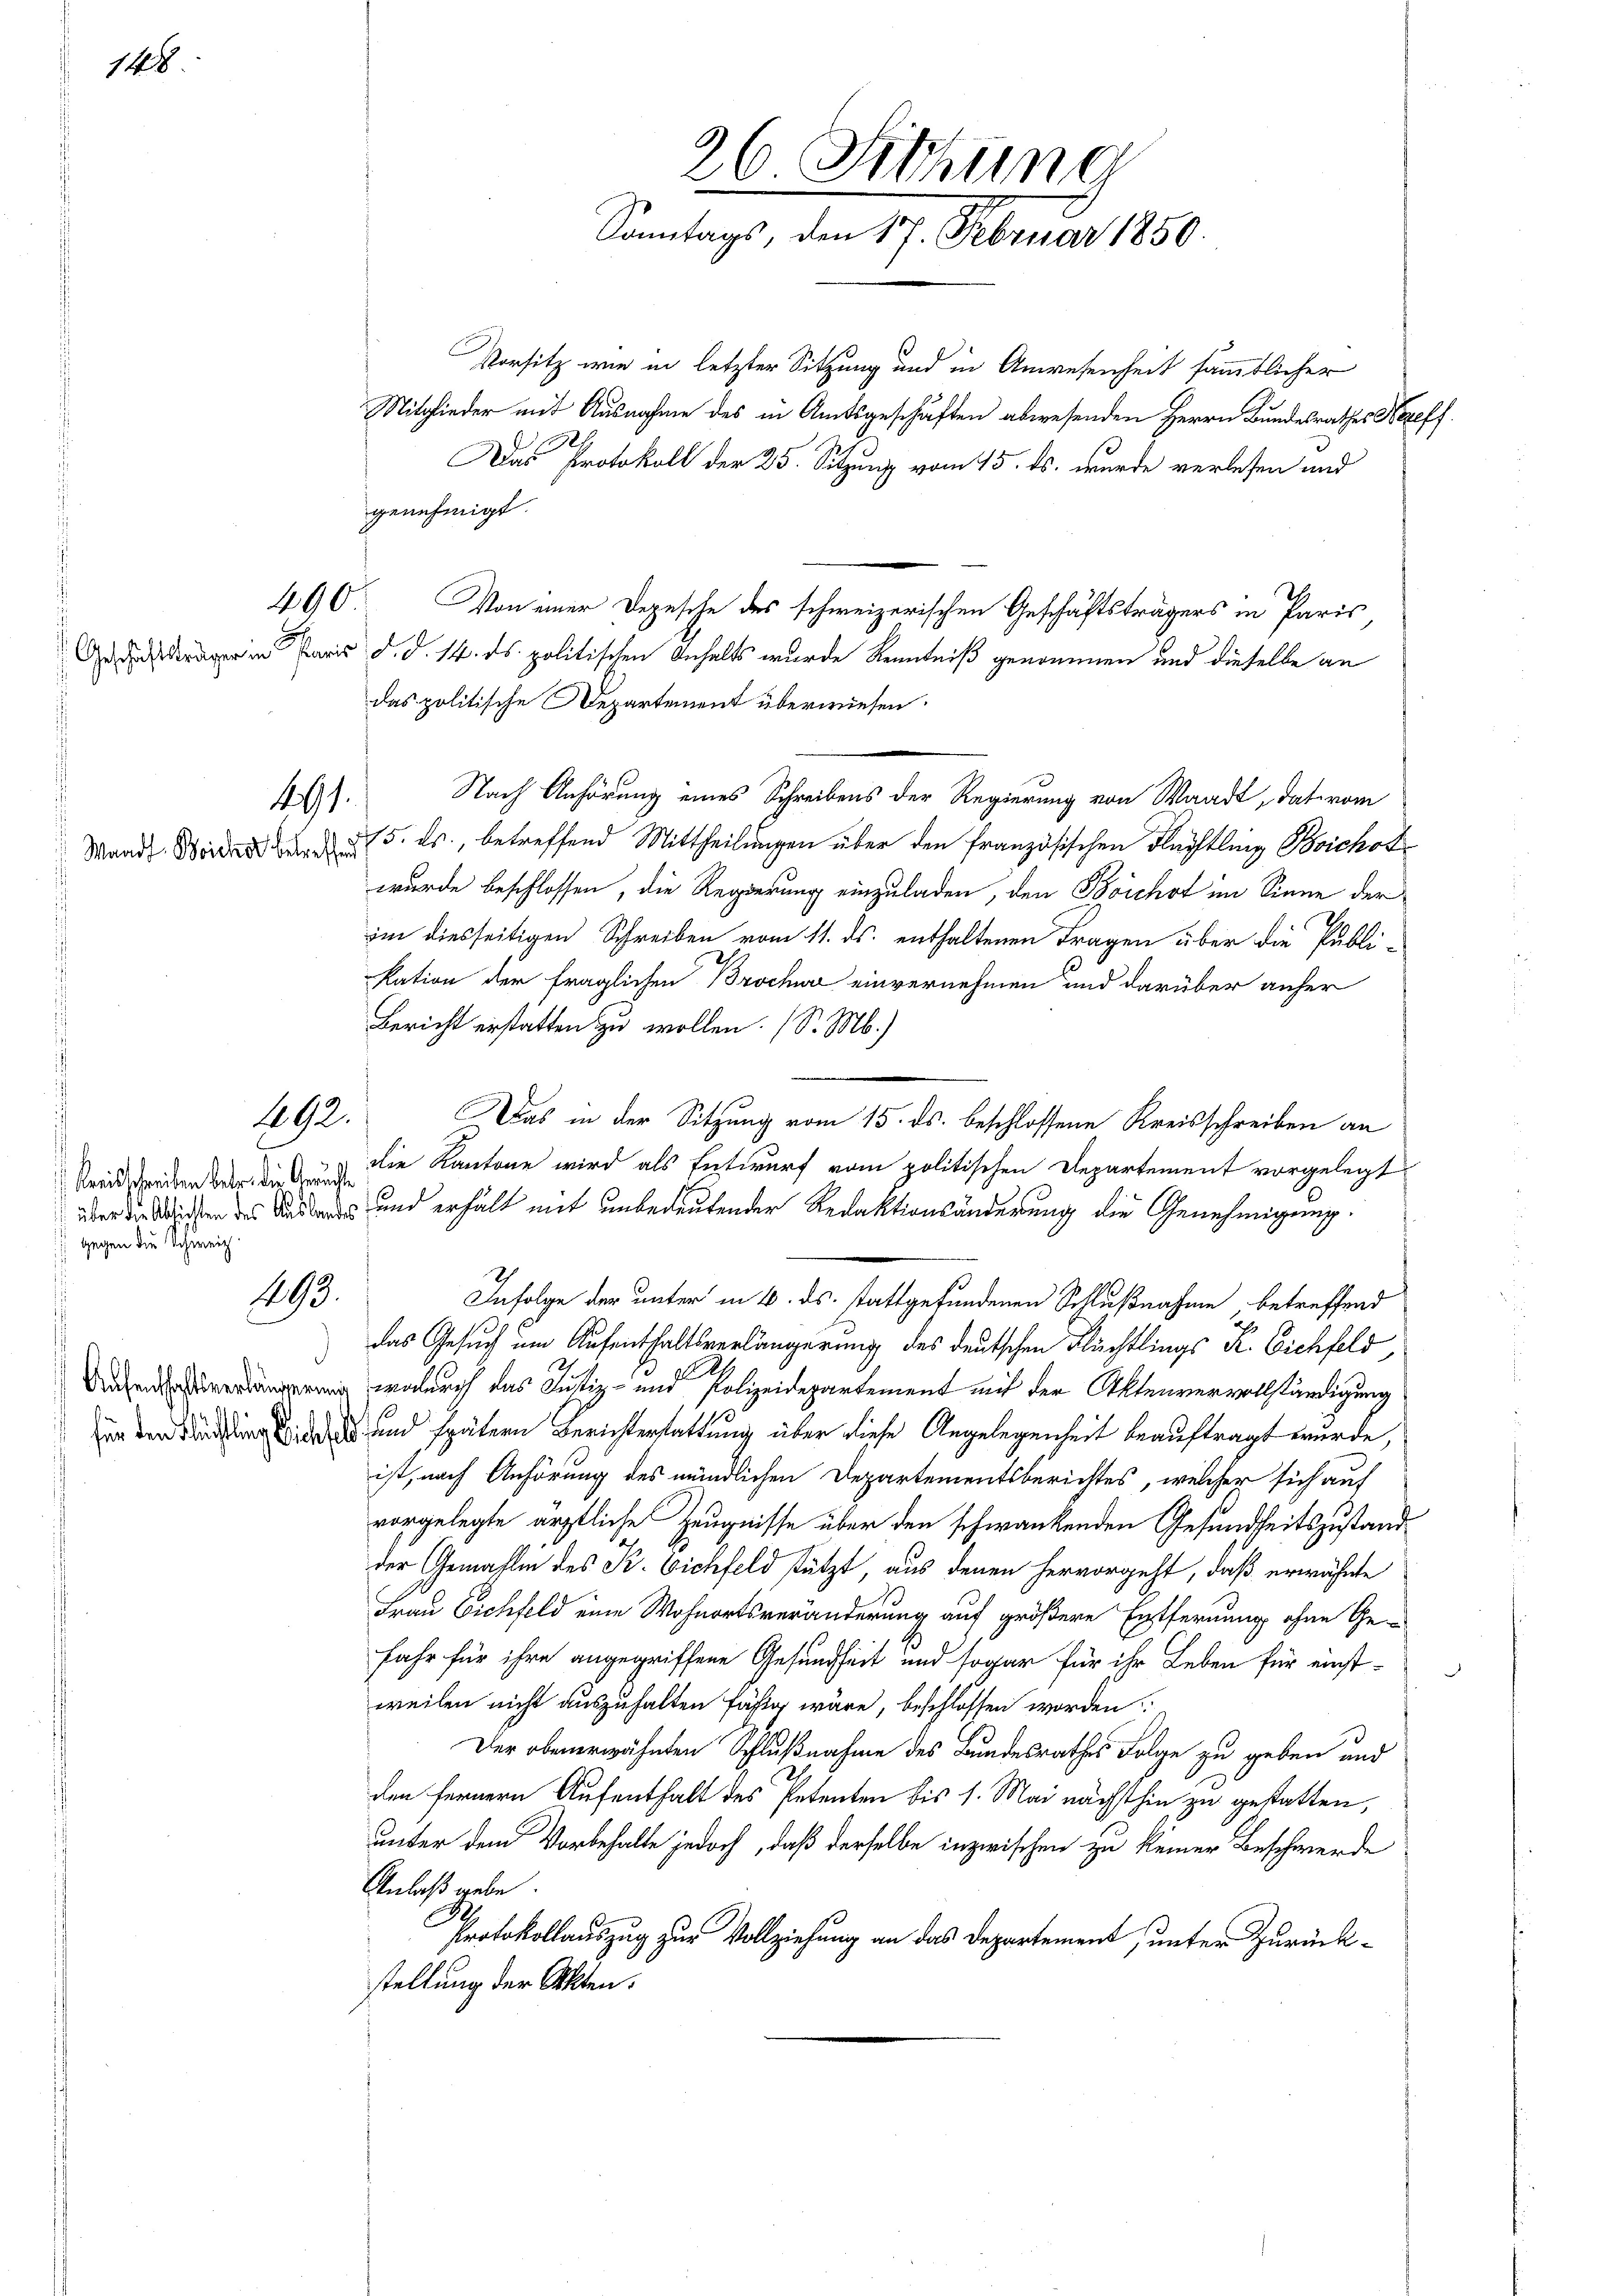
148

191.
Waadt Beicher betreffend

192.

Kreisschreiben betr. die Geruchte
 über die Absichten des Auslandes
 gegen die Schweiz.

1493.

Aufenthaftsverlängerung
 für den Flüchtling Bischehe

Vorsitz wie in letzter Sitzung und in Anwesenheit sämmtlicher
Mitglieder und Ausnahme des in Amtsgeschäften abwesenden Herrn Bundesrathes Nazef
A
Das Protokoll der 25. Sitzung vom 15. ds. wurde verlesen und
genehmigt.
490. Von einer Depesche des schweizerischen Geschäftsträgers in Paris
 Paris d. d. 14. ds. politischen Anhalts wurde Kenntniß genommen und dieselbe an
das politische Departement überwiesen.
Nach Anhörung eines Schreibens der Regierung von Waadt, das vom
15. ds., betreffend Mittheilungen über den französischen Flüchtling Boichod
wurde beschlossen, die Regierung einzuladen, den Boichst im Sinne der
im diesseitigen Schreiben vom 11. ds. enthaltenen Fragen über die Publi-
kation der fraglichen Brocher einvernehmen und darüber anher
Bericht erstatten zu wollen. (S. M.)
Das in der Sitzung vom 15. ds. beschlossene Kreisschreiben an
die Kantone wird als Entwurf vom politischen Departement vorgelegt
und erhält mit unbedeutender Redaktionsänderung die Genehmigung.
Infolge der unter in 6. ds. stattgefundenen Schlußnahme betreffend
das Gesuch um Aufenthaltsverlängerung des deutschen Flüchtlings R. Eichfeld,
wodurch das Justiz- und Polizeidepartement mit der Aktenvervollständigung
und spätern Berichterstattung über diese Angelegenheit beauftragt wurde,
ist, nach Anhörung des mündlichen Departementsberichtes, welcher sich auf
vorgelegte ärztliche Zeugnisse über den schwankenden Gesundheitszustand
der Gemahle des K. Vichfeld stützt, aus denen hervorgeht, daß erwähnte
Frau Eichfeld eine Wohnortsveränderung auf größere Entfernung ohne Ge-
fahr für ihre angegriffene Gesundheit und sogar für ihr Leben für einst-
weilen nicht auszuhalten fähig wäre, beschlossen worden
Der obenerwähnten Schlußnahme des Bundesrathes Folge zu geben und
den fernern Aufenthalt des Petenten bis 1. Mai nächsthin zu gestatten,
unter dem Vorbehalte jedoch, daß derselbe inzwischen zu keiner Beschwerde
Anlaß gebe.
2
Protokollauszug zur Vollziehung an das Departement unter Zurückstellung der Akten.

26 Sitzung
Sontags, den 17. Februar 180.

7.